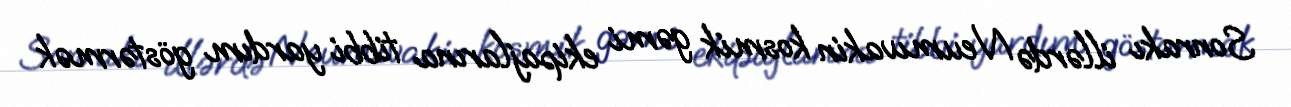
Sonrakı illərdə Neumıvakin kosmik gəmi ekipajlarına tibbi yardım göstərmək